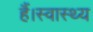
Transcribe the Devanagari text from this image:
हैं।स्वास्थ्य